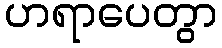
ဟရာပေတွာ